Punjab Mental Hospital Lahore 1922-31 - 1922-1931
Year: 1922
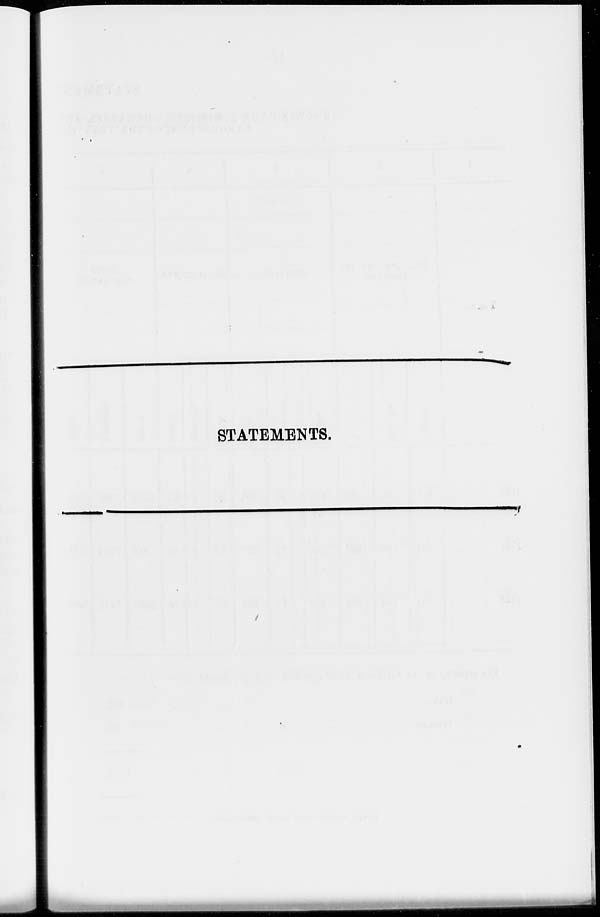
STATEMENTS.